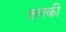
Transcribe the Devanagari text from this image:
तलकी